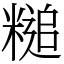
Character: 䊚